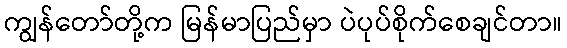
ကျွန်တော်တို့က မြန်မာပြည်မှာ ပဲပုပ်စိုက်စေချင်တာ။